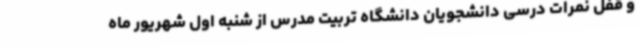
و قفل نمرات درسی دانشجویان دانشگاه تربیت مدرس از شنبه اول شهریور ماه